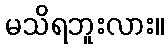
မသိရဘူးလား။